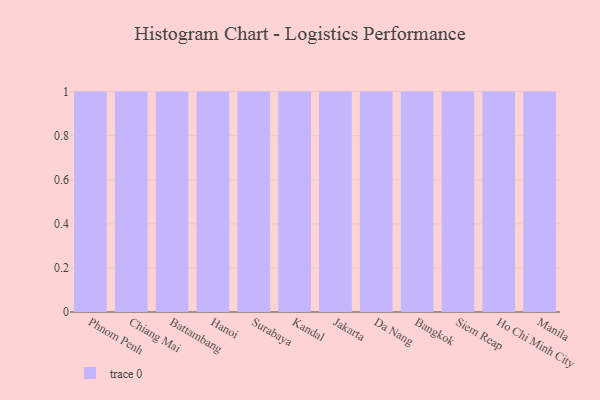
{"axis": {"x": "City", "y": "Satisfaction Score"}, "legend": [""], "data": [{"x": "Phnom Penh", "y": 54, "type": ""}, {"x": "Chiang Mai", "y": 19, "type": ""}, {"x": "Battambang", "y": 26, "type": ""}, {"x": "Hanoi", "y": 56, "type": ""}, {"x": "Surabaya", "y": 73, "type": ""}, {"x": "Kandal", "y": 91, "type": ""}, {"x": "Jakarta", "y": 67, "type": ""}, {"x": "Da Nang", "y": 26, "type": ""}, {"x": "Bangkok", "y": 17, "type": ""}, {"x": "Siem Reap", "y": 2, "type": ""}, {"x": "Ho Chi Minh City", "y": 79, "type": ""}, {"x": "Manila", "y": 15, "type": ""}]}